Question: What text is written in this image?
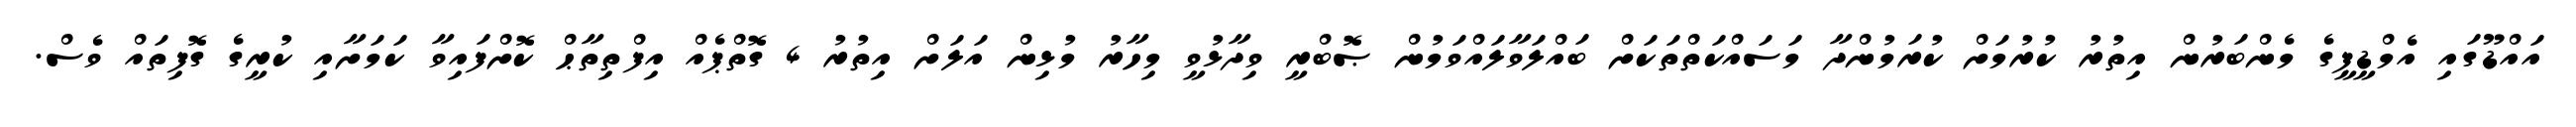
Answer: އައްޑޫގައި އެމްޑީޕީގެ މެންބަރުން އިތުރު ކުރުމަށް ކުރަމުންދާ މަސައްކަތްތަކަށް ބައްލަވާލައްވަމުން ޞޮބްރީ ވިދާޅުވީ މިހާރު މުޅިން އަލަށް އިތުރު 4 ގޮތްޕެއް އިފްތިތާޙް ކޮށްފައިވާ ކަމަށާއި ކުރީގެ ގޮފިތައް ވެސް.